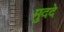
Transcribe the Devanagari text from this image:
मु्ददे